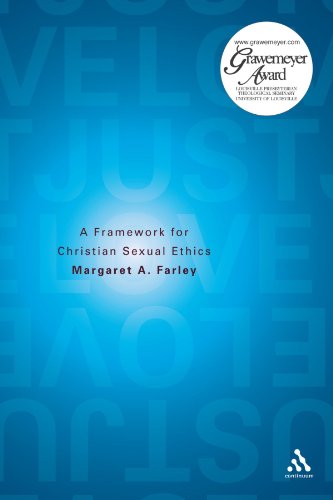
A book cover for Just Love: A Framework for Christian Sexual Ethics; Margaret Farley; Religion & Spirituality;